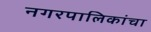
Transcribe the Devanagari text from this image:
नगरपालिकांचा